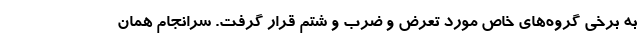
به برخی گروه‌های خاص مورد تعرض و ضرب و شتم قرار گرفت. سرانجام همان